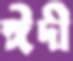
ঈদী